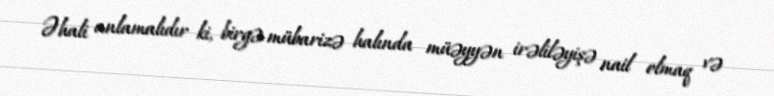
Əhali anlamalıdır ki, birgə mübarizə halında müəyyən irəliləyişə nail olmaq və